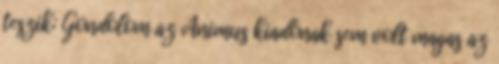
teszik: Gondolom az Animus kiadónak sem volt magas az